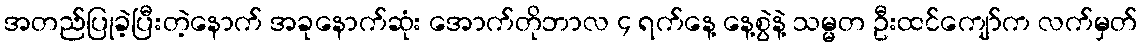
အတည်ပြုခဲ့ပြီးတဲ့နောက် အခုနောက်ဆုံး အောက်တိုဘာလ ၄ ရက်နေ့ နေ့စွဲနဲ့ သမ္မတ ဦးထင်ကျော်က လက်မှတ်